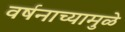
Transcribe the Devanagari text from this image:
वर्षनाच्यामुळे